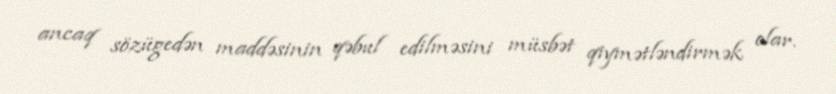
ancaq sözügedən maddəsinin qəbul edilməsini müsbət qiymətləndirmək olar.